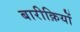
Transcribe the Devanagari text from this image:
बारीक़ियों